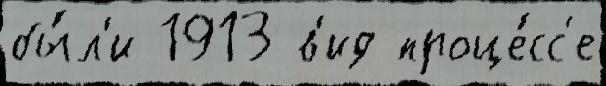
бы́л'и 1913 в'ид проце́сс'е